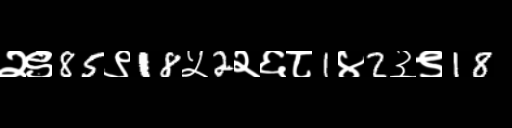
Text: २९85९18५2२६८1४2३९18